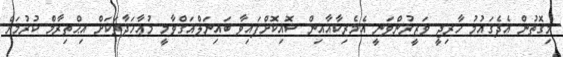
މިގޮތުން އެދެގައުމު ޚާރިޖީ ވަޒީރުންވަނީ އެމެރިކާއާއިން ސޮއިކޮށްފައިވާ ބައިނަލްއަގްވާމީ މުޢާހަދާތަކަށް އިޙްތިރާމް ކުރުމަށް